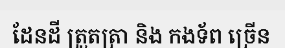
ដែនដី ត្រួតត្រា និង កងទ័ព ច្រើន